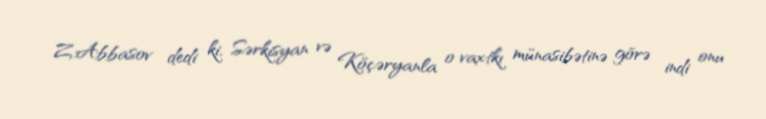
Z.Abbasov dedi ki, Sərkisyan və Köçəryanla o vaxtkı münasibətinə görə indi onu